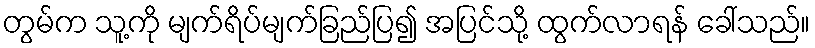
တွမ်က သူ့ကို မျက်ရိပ်မျက်ခြည်ပြ၍ အပြင်သို့ ထွက်လာရန် ခေါ်သည်။